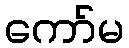
ကော်မ